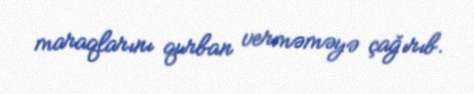
maraqlarını qurban verməməyə çağırıb.